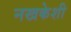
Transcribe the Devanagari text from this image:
नखकेशी